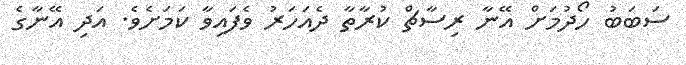
ސަބަބު ހޯދުމަށް އޭނާ ރިސާޗް ކުރާތާ ދެއަހަރު ވެފައިވާ ކަމަށެވެ. އަދި އޭނާގެ